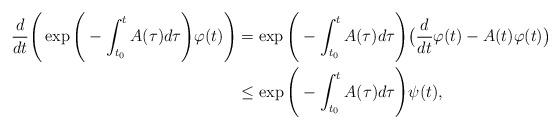
LaTeX: \begin{align*}\frac{d}{dt}\Bigg(\exp\Bigg(-\int_{t_0}^tA(\tau)d\tau\Bigg)\varphi(t)\Bigg)&=\exp\Bigg(-\int_{t_0}^tA(\tau)d\tau\Bigg)\big(\frac{d}{dt}\varphi(t)-A(t)\varphi(t)\big)\\&\leq\exp\Bigg(-\int_{t_0}^tA(\tau)d\tau\Bigg)\psi(t),\\\end{align*}